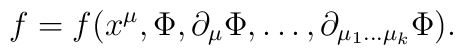
f=f(x^\mu,\Phi,\partial_\mu\Phi,\ldots,\partial_{{\mu_1}\ldots{\mu_k}}\Phi).